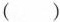
（ ）